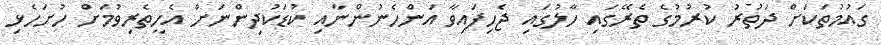
ގައުމުތަކަށް ދަތުރު ކުރުމުގެ ތެރޭގައި ހާލުގައި ޖެހިފައިވާ އަންހެނުންނާއި ކުޑަކުދިންނަށް އެހީތެރިވުމަށް ހުށަހެޅި